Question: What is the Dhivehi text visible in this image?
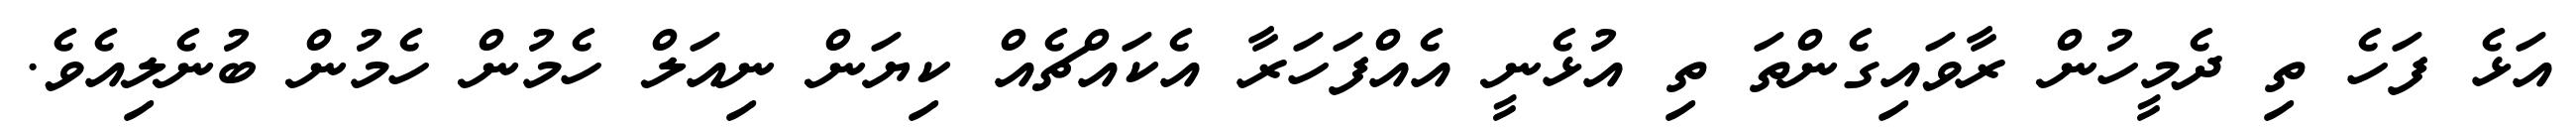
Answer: އަޅެ ފަހެ ތި ދެމީހުން ރާވައިގެންތަ ތި އުޅެނީ އެއްފަހަރާ އެކައްޗެއް ކިޔަން ނިއަލް ހެމުން ހެމުން ބުނެލިއެވެ.